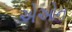
એઓન